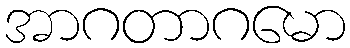
အာဂတာဂမော